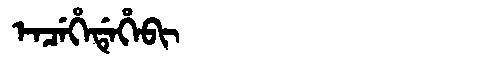
Manchu: ᡝᠨᠴᡝᡥᡝᡩᡝᡥᡝᠪᡳ
Romanization: ENCEHEDEHEBI